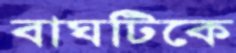
বাঘটিকে